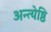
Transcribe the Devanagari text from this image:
अन्त्येष्ठि